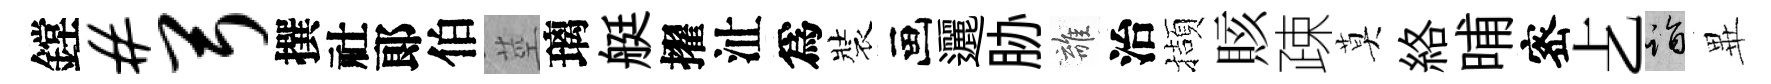
鏜#弓撰社郞伯莖璃艇擢沚爲裝画邐胁離治擷賅疎莫絡晡宻𠧒诣𭺾